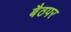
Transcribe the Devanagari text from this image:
बैठपर